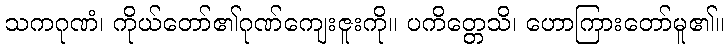
သကဂုဏံ၊ ကိုယ်တော်၏ဂုဏ်ကျေးဇူးကို။ ပကိတ္တေသိ၊ ဟောကြားတော်မူ၏။